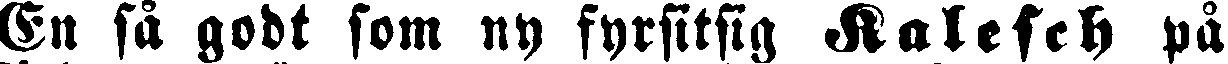
En så godt som ny fyrsitsig Kaleseh på